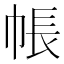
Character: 帳